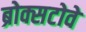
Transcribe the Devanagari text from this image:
ब्रोक्सटोवे